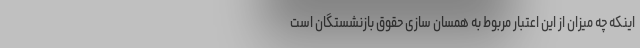
اینکه چه میزان از این اعتبار مربوط به همسان سازی حقوق بازنشستگان است